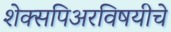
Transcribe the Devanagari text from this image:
शेक्सपिअरविषयीचे